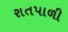
રાતપાળી